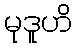
မုဒူဟိ